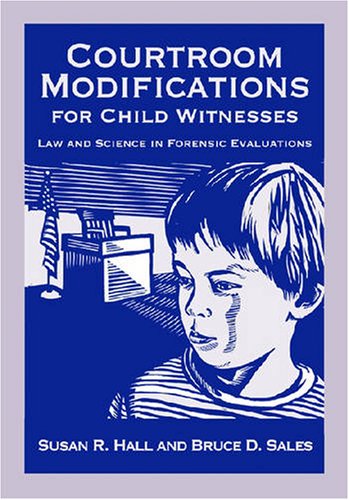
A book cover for Courtroom Modifications for Child Witnesses: Law and Science in Forensic Evaluations (Law and Public Policy: Psychology and the Social Sciences); Susan R. Hall; Law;